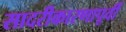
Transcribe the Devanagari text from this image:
सादरीकारणापूर्वी